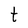
Character: t